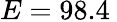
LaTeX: E=98.4\